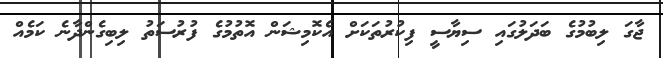
ޖާގަ ލިބުމުގެ ބަދަލުގައި ސިޔާސީ ފިކުރުތަކަށް އެކޮމިޝަން އޮތުމުގެ ފުރުސަތު ލިބިގެންދާނެ ކަމެއް